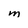
Character: M